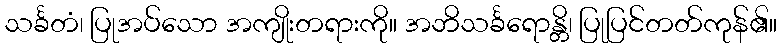
သင်္ခတံ၊ ပြုအပ်သော အကျိုးတရားကို။ အဘိသင်္ခရောန္တိ၊ ပြုပြင်တတ်ကုန်၏။